Triennial report on the lunatic asylums in the province of Eastern Bengal and Assam - 1903-1911
Year: 1903
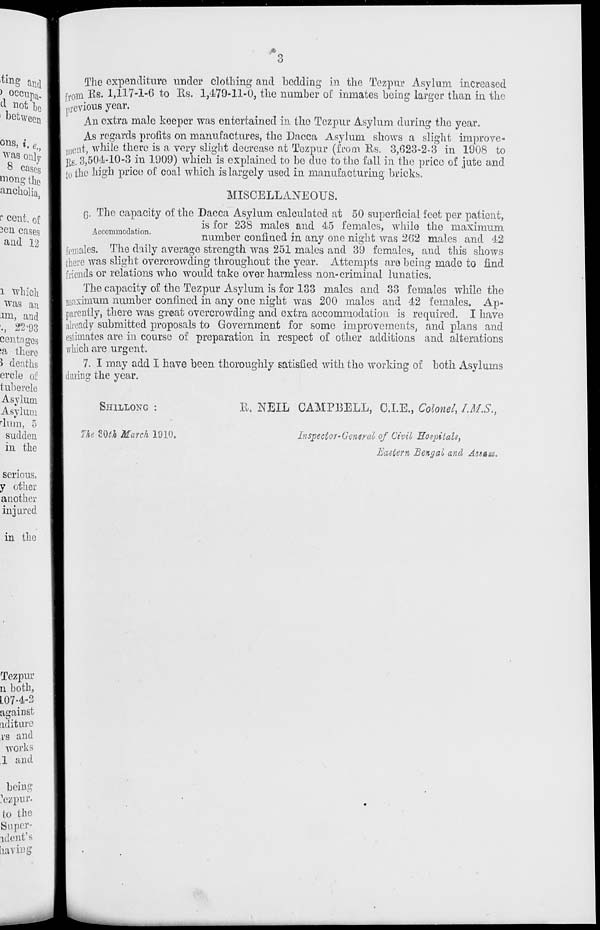
3
The expenditure under clothing and bedding in the Tezpur Asylum increased
from Rs. 1,117-1-6 to Rs. 1,479-11-0, the number of inmates being larger than in the
previous year.
An extra male keeper was entertained in the Tezpur Asylum during the year.
As regards profits on manufactures, the Dacca Asylum shows a slight improve-
ment, while there is a very slight decrease at Tezpur (from Rs. 3,623-2-3 in 1908 to
Rs. 3,504-10-3 in 1909) which is explained to be due to the fall in the price of jute and
to the high price of coal which is largely used in manufacturing bricks.
MISCELLANEOUS.
Accommodation.
6. The capacity of the Dacca Asylum calculated at 50 superficial feet per patient,
is for 238 males and 45 females, while the maximum
number confined in any one night was 262 males and 42
females. The daily average strength was 251 males and 39 females, and this shows
there was slight overcrowding throughout the year. Attempts are being made to find
friends or relations who would take over harmless non-criminal lunatics.
The capacity of the Tezpur Asylum is for 133 males and 33 females while the
maximum number confined in any one night was 200 males and 42 females. Ap-
parently, there was great overcrowding and extra accommodation is required. I have
already submitted proposals to Government for some improvements, and plans and
estimates are in coarse of preparation in respect of other additions and alterations
which are urgent.
7. I may add I have been thoroughly satisfied with the working of both Asylums
during the year.
SHILLONG :
The 30th March 1910.
R. NEIL CAMPBELL, C.I.E., Colonel, I.M.S.,
Inspector-General of Civil Hospitals,
Eastern Bengal and Assam.